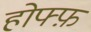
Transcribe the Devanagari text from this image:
होफ्फ़